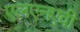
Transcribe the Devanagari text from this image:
एलएनएवी